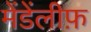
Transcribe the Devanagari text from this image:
मेंडेंलीफ़